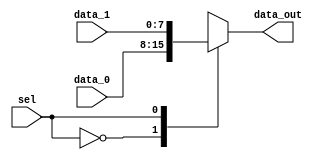
module muxA (
    input [MUX_BIT_WIDTH-1:0] data_0,
    input [MUX_BIT_WIDTH-1:0] data_1,
    input sel,
    output reg [MUX_BIT_WIDTH-1:0] data_out
);

	
	parameter MUX_BIT_WIDTH = 8;

	// Case Statement for MUX Logic

	always @ (*)
	begin
		 case(sel)
			  0: data_out = data_0;
			  1: data_out = data_1;
		 endcase
	end
endmodule